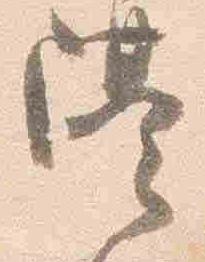
隔